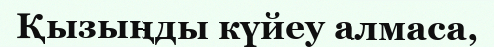
Қызыңды күйеу алмаса,